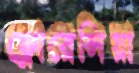
ফ্লোরেন্সিয়া